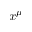
x ^ { \mu }